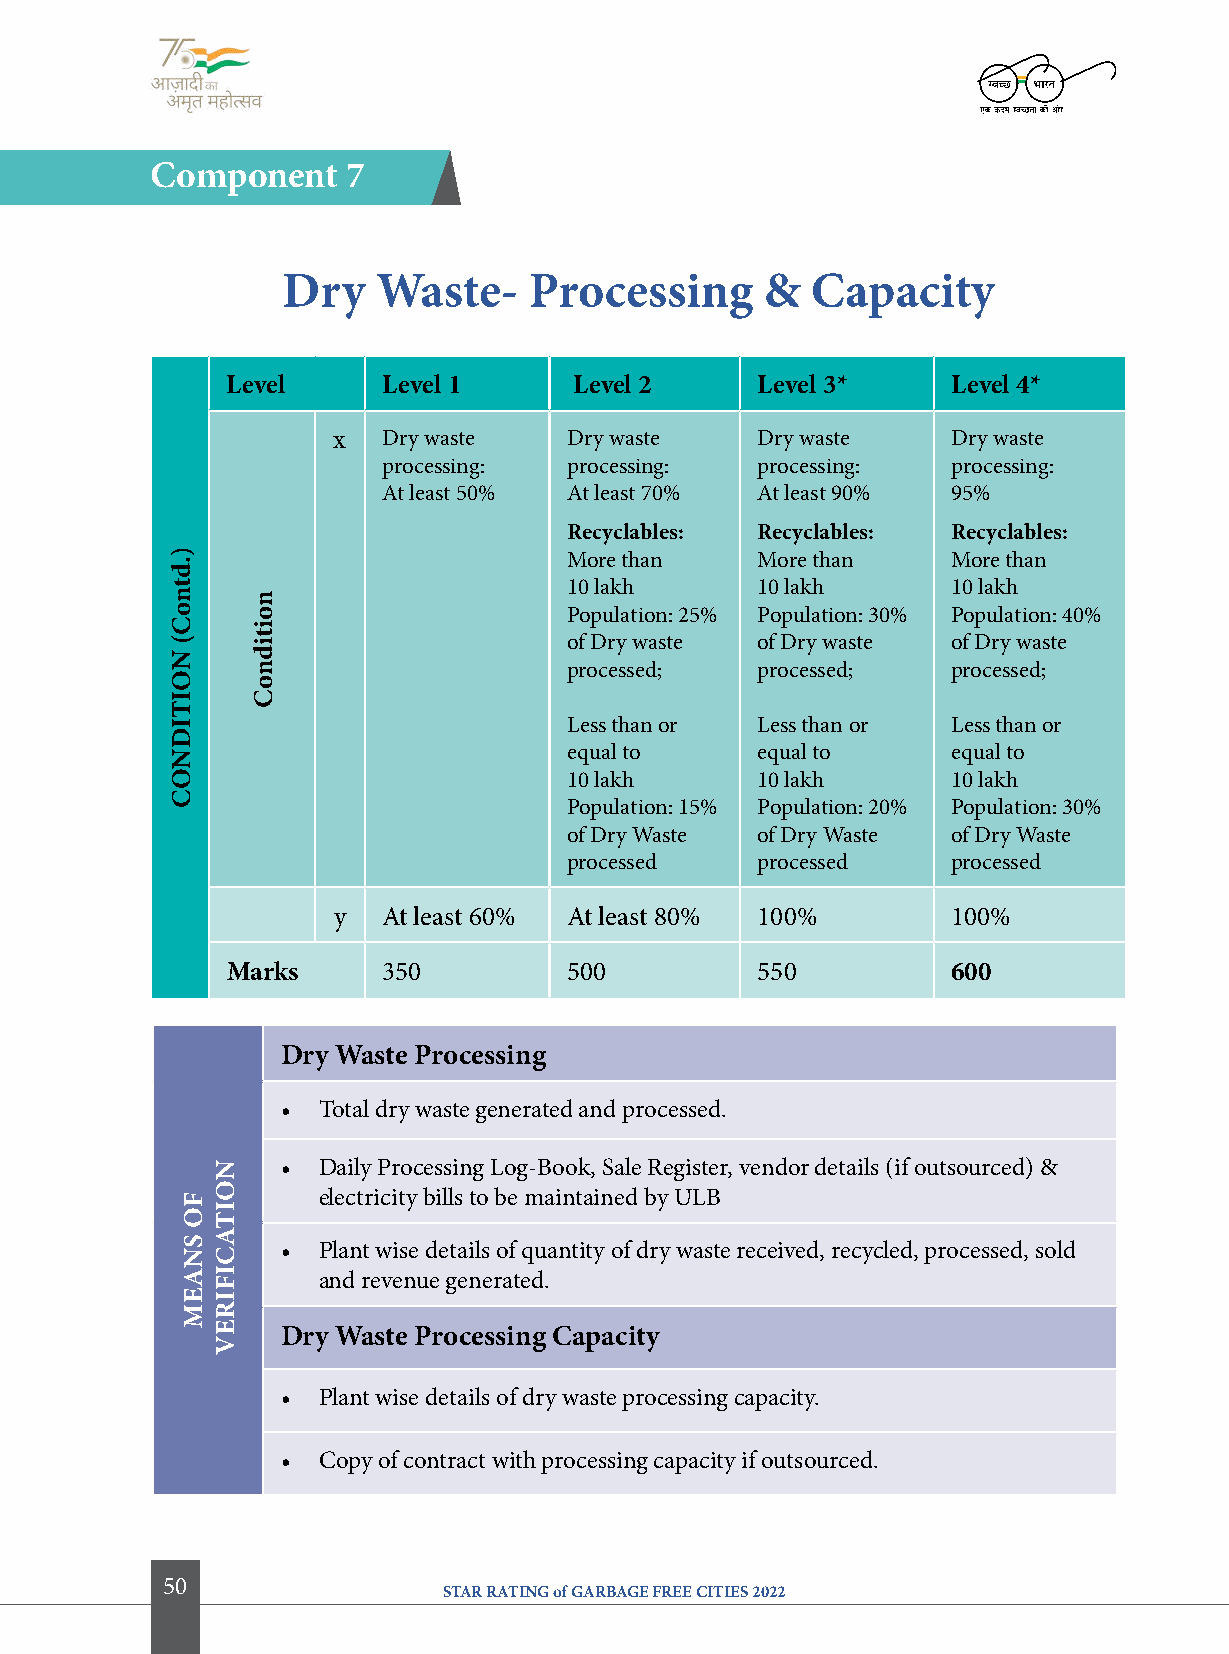
component    7
 Dry   Waste-    Processing      &  capacity
 level     level 1      level 2     level 3*     level 4*
 x  Dry waste    Dry waste   Dry waste    Dry waste
 processing:  processing: processing:  processing:
 At least 50% At least 70% At least 90% 95%
 recyclables: recyclables: recyclables:
 More than   More than    More than
 10 lakh     10 lakh      10 lakh
 Population: 25% Population: 30% Population: 40%
 of Dry waste of Dry waste of Dry waste
 processed;  processed;   processed;
 Less than or Less than or Less than or
 equal to    equal to     equal to
 10 lakh     10 lakh      10 lakh
 Population: 15% Population: 20% Population: 30%
 of Dry Waste of Dry Waste of Dry Waste
 processed   processed    processed
 y  At least 60% At least 80% 100%        100%
 Marks     350          500         550          600
 Dry Waste Processing
 • Total dry waste generated and processed.
 • Daily Processing Log-Book, Sale Register, vendor details (if outsourced) &
 electricity bills to be maintained by ULB
 • Plant wise details of quantity of dry waste received, recycled, processed, sold
 and revenue generated.
 Dry Waste Processing capacity
 • Plant wise details of dry waste processing capacity.
 • Copy of contract with processing capacity if outsourced.
 50
 STAR RATING of GARBAGE FREE CITIES 2022
 ).dtnoc(
 NoitiDNoc
 fo
 SNaeM
 NoitacifireV
 noitidnoc